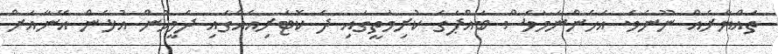
ތައްޔާރެއް ނޫނެވެ. އެހެންނަމަވެސް ބައްޕަގެ ކުރިމަތީގައި ދެ ކޮޓަރިއެއްގައި ދެމީހުން އުޅެން އޭނާއަށް